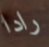
رادا